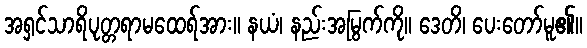
အရှင်သာရိပုတ္တရာမထေရ်အား။ နယံ၊ နည်းအမြွက်ကို။ ဒေတိ၊ ပေးတော်မူ၏။